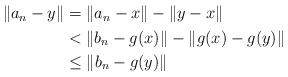
LaTeX: \begin{align*}\begin{aligned}\|a_{n}-y\| & =\|a_{n}-x\|-\|y-x\|\\ & <\|b_{n}-g(x)\|-\|g(x)-g(y)\|\\ & \le\|b_{n}-g(y)\|\end{aligned}\end{align*}